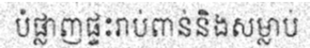
បំផ្លាញផ្ទះរាប់ពាន់និងសម្លាប់